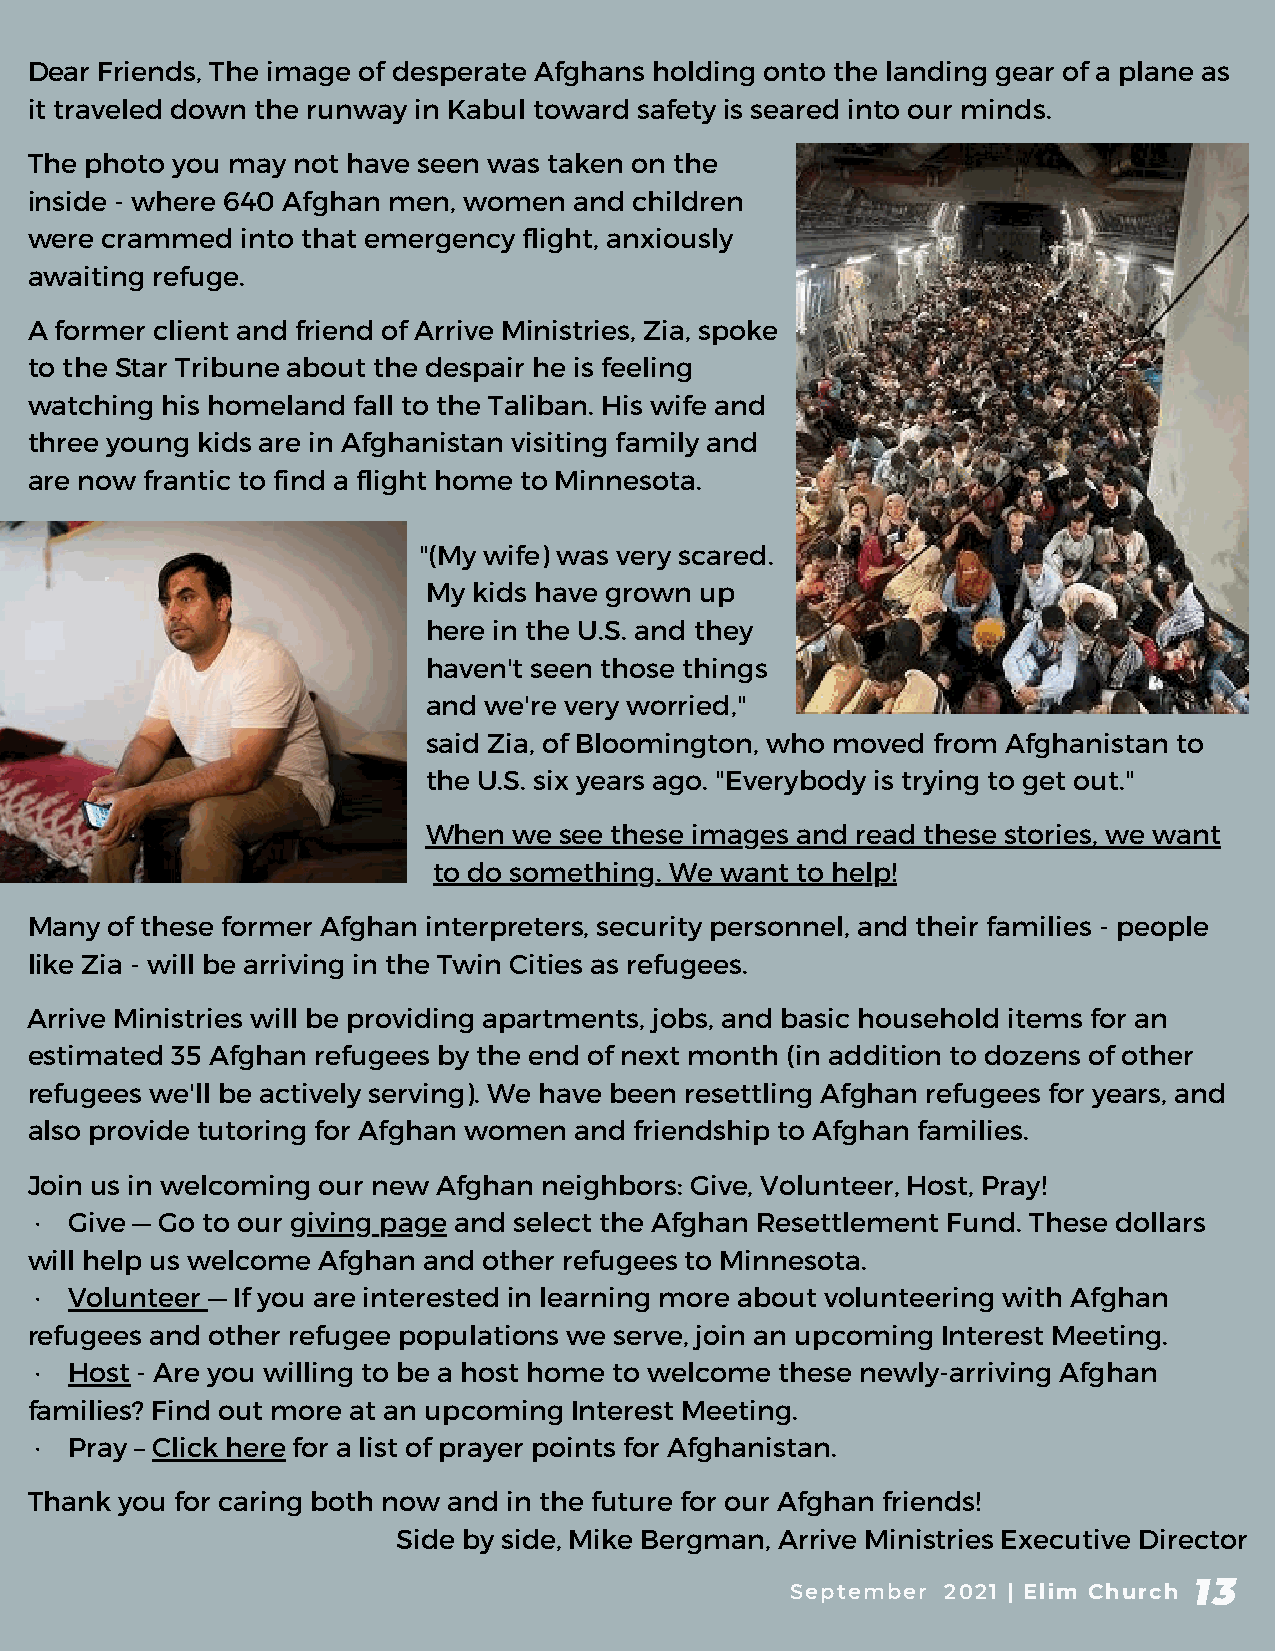
Dear Friends, The image of desperate Afghans holding onto the landing gear of a plane as
 it traveled down the runway in Kabul toward safety is seared into our minds.
 The photo you may not have seen was taken on the
 inside - where 640 Afghan men, women and children
 were crammed  into that emergency flight, anxiously
 awaiting refuge.
 A former client and friend of Arrive Ministries, Zia, spoke
 to the Star Tribune about the despair he is feeling
 watching his homeland fall to the Taliban. His wife and
 three young kids are in Afghanistan visiting family and
 are now frantic to find a flight home to Minnesota.
 "(My wife) was very scared.
 My kids have grown up
 here in the U.S. and they
 haven't seen those things
 and we're very worried,"
 said Zia, of Bloomington, who moved from Afghanistan to
 the U.S. six years ago. "Everybody is trying to get out."
 When  we see these images and read these stories, we want
 to do something. We want to help!
 Many of these former Afghan interpreters, security personnel, and their families - people
 like Zia - will be arriving in the Twin Cities as refugees.
 Arrive Ministries will be providing apartments, jobs, and basic household items for an
 estimated 35 Afghan refugees by the end of next month (in addition to dozens of other
 refugees we'll be actively serving). We have been resettling Afghan refugees for years, and
 also provide tutoring for Afghan women and friendship to Afghan families.
 Join us in welcoming our new Afghan neighbors: Give, Volunteer, Host, Pray!
 ·  Give — Go to our giving page and select the Afghan Resettlement Fund. These dollars
 will help us welcome Afghan and other refugees to Minnesota.
 ·  Volunteer — If you are interested in learning more about volunteering with Afghan
 refugees and other refugee populations we serve, join an upcoming Interest Meeting.
 ·  Host - Are you willing to be a host home to welcome these newly-arriving Afghan
 families? Find out more at an upcoming Interest Meeting.
 ·  Pray – Click here for a list of prayer points for Afghanistan.
 Thank you for caring both now and in the future for our Afghan friends!
 Side by side, Mike Bergman, Arrive Ministries Executive Director
 13
 September  2021 | Elim Church